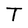
Character: T